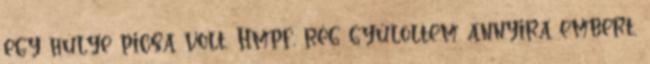
egy hülye picsa volt. Hmpf, rég gyűlöltem annyira embert,